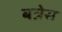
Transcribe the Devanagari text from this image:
बत्रेस